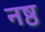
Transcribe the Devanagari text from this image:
नष्ठ